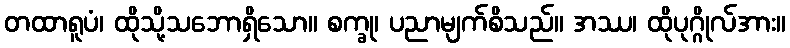
တထာရူပံ၊ ထိုသို့သဘောရှိသော။ စက္ခု၊ ပညာမျက်စိသည်။ အဿ၊ ထိုပုဂ္ဂိုလ်အား။